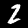
Label: 2